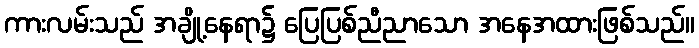
ကားလမ်းသည် အချို့နေရာ၌ ပြေပြစ်ညီညာသော အနေအထားဖြစ်သည်။